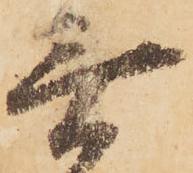
無